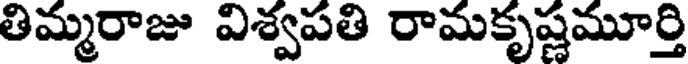
తిమ్మరాజు విశ్వపతి రామకృష్ణమూర్తి